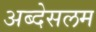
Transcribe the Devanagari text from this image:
अब्देसलम